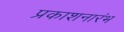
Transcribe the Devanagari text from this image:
प्रकाशनारंभ